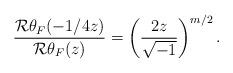
LaTeX: \begin{align*}\frac{\mathcal{R}\theta_F(-1/4z)}{\mathcal{R}\theta_F(z)}=\left(\frac{2z}{\sqrt{-1}}\right)^{m/2}.\end{align*}